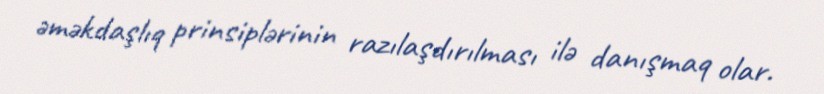
əməkdaşlıq prinsiplərinin razılaşdırılması ilə danışmaq olar.